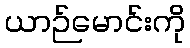
ယာဉ်မောင်းကို